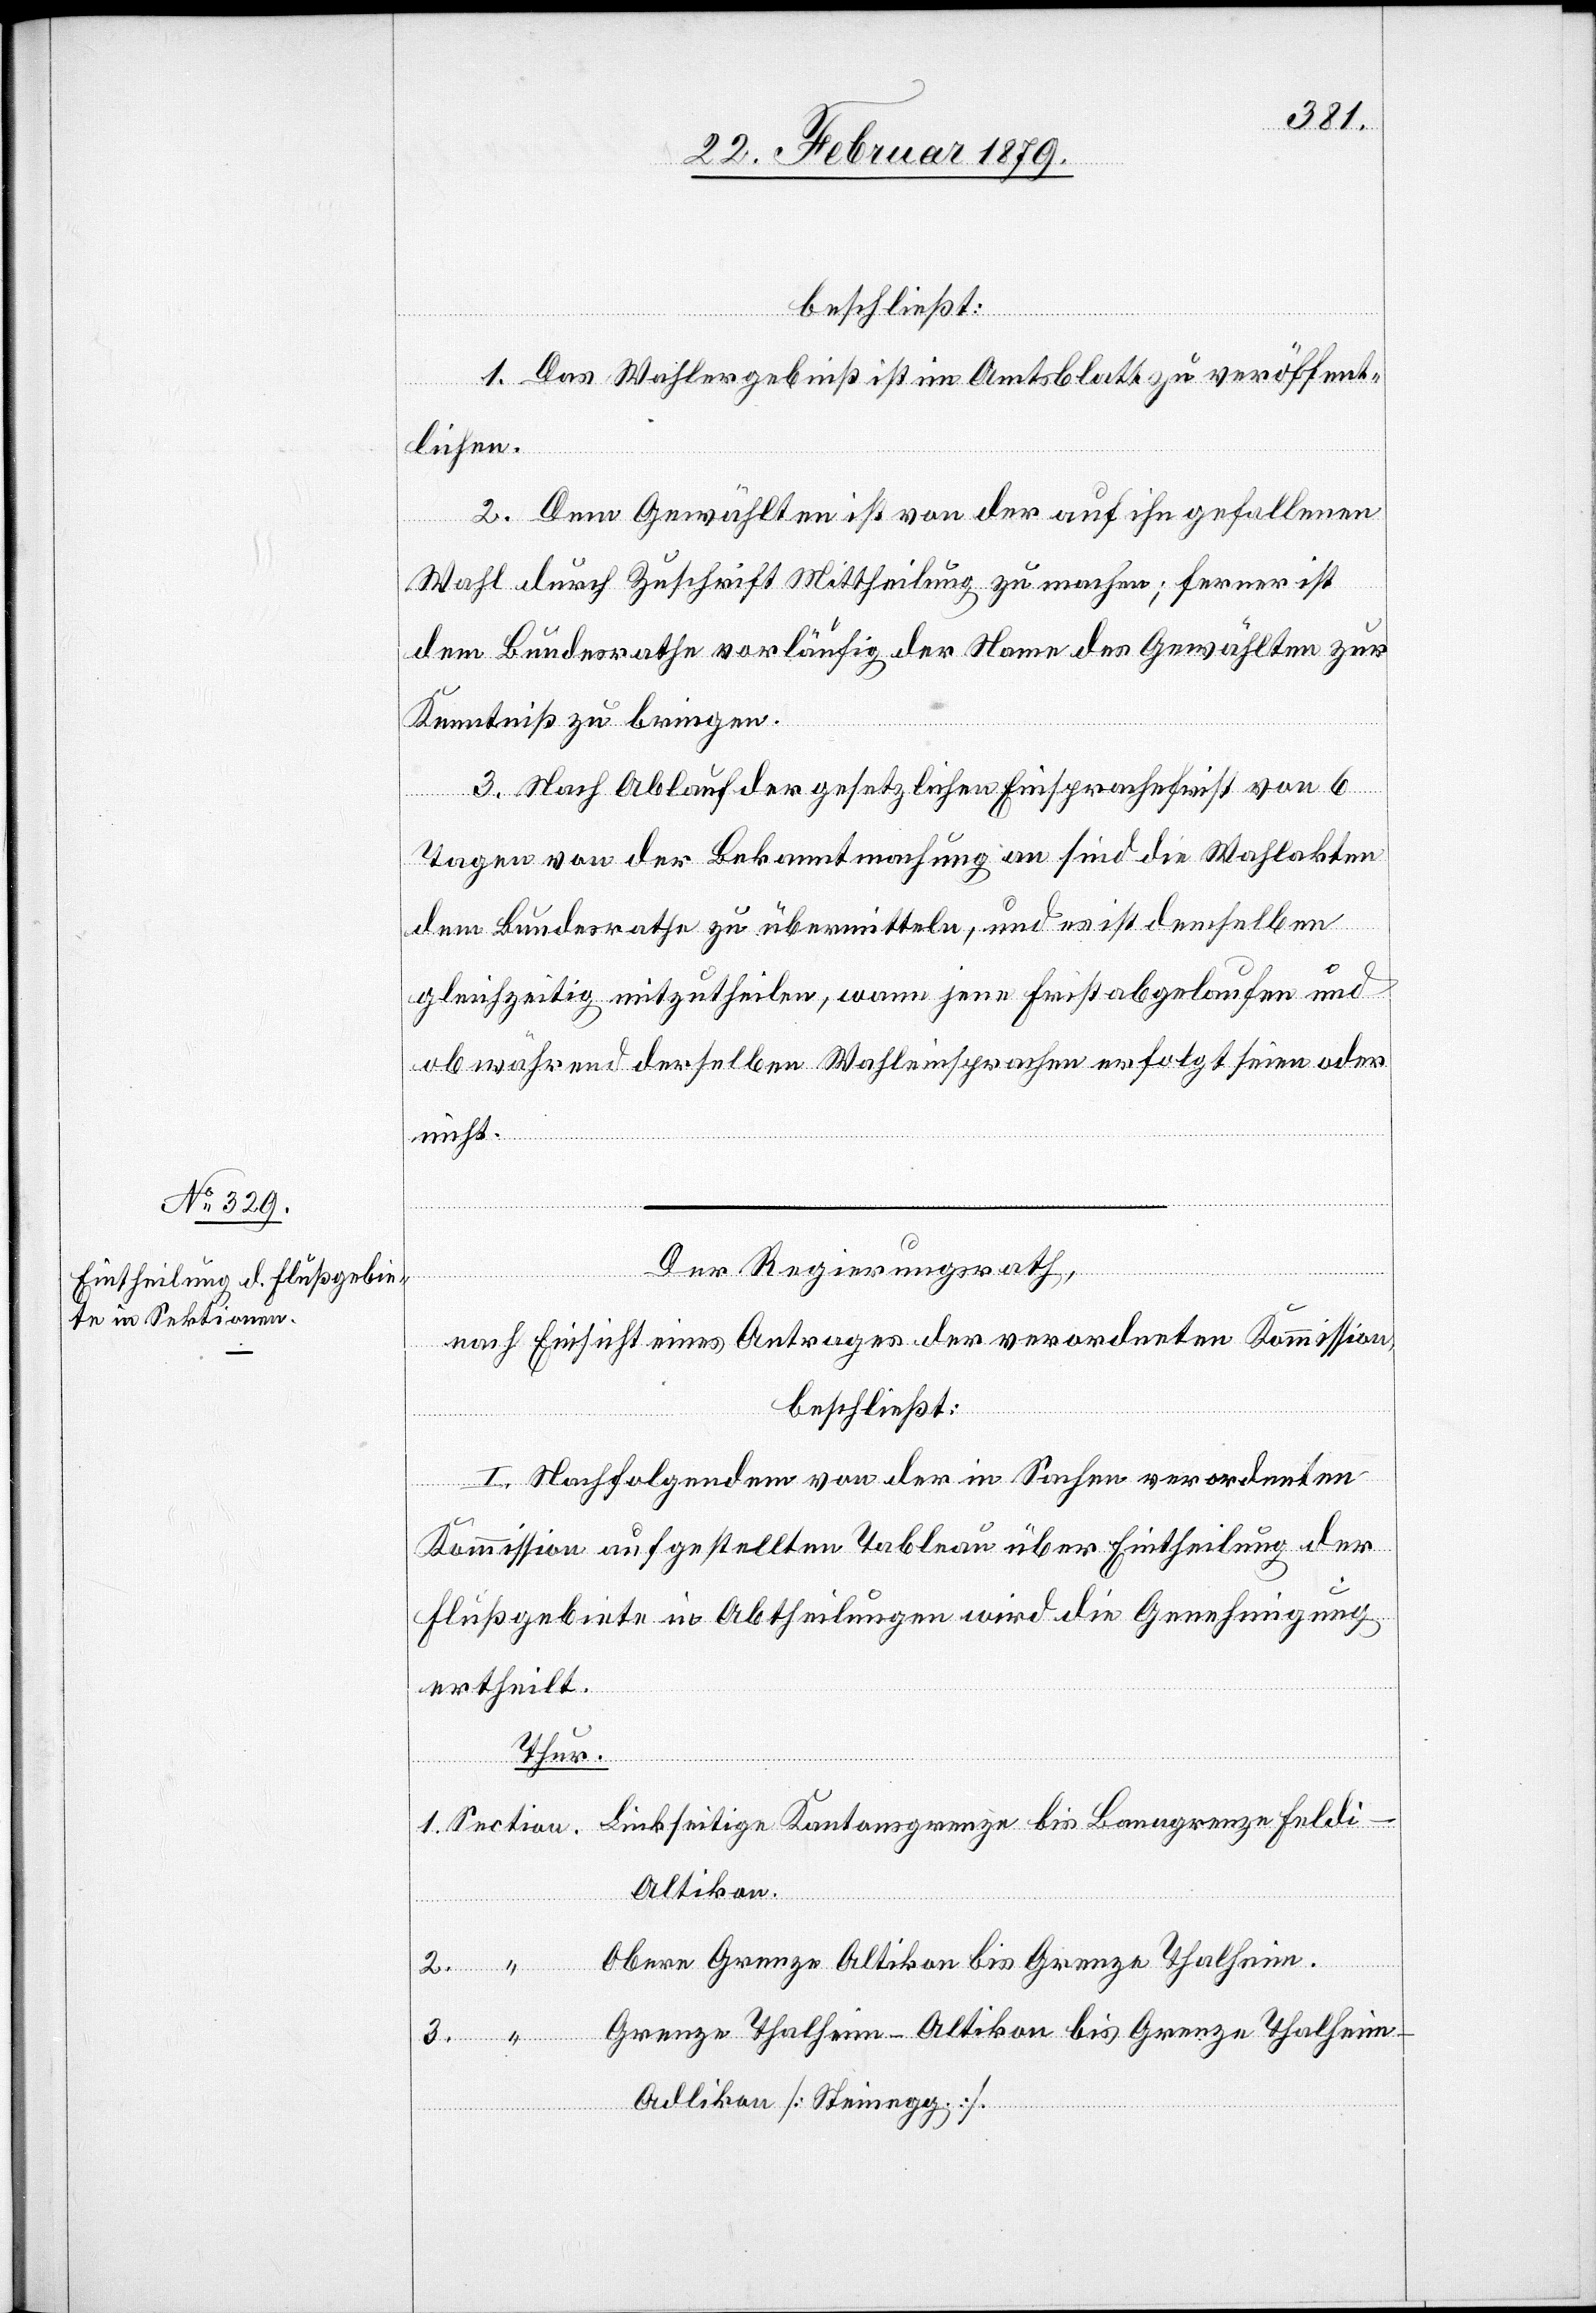
beschließt:
1. Das Wahlergebniß ist im Amtsblatt zu veröffent¬
3.
lichen.
2. Dem Gewählten ist von der auf ihn gefallenen
Wahl durch Zuschrift Mittheilung zu machen; ferner ist
dem Bundesrathe vorläufig der Name des Gewählten zur
Kenntniß zu bringen.
3. Nach Ablauf der gesetzlichen Einsprachefrist von 6
Feld¬
Tagen von der Bekanntmachung an sind die Wahlakten
dem Bundesrathe zu übermitteln, und es ist demselben
gleichzeitig mitzutheilen, wann jene Frist abgelaufen und
ob während derselben Wahleinsprachen erfolgt seien oder
nicht.
“
Der Regierungsrath,
grenze
nach Einsicht eines Antrages der verordneten Kommission,
beschließt:
I. Nachfolgendem von der in Sachen verordneten
Kommission aufgestellten Tableau über Eintheilung der
Flußgebiete in Abtheilungen wird die Genehmigung
ertheilt.
Thur.
i-Altikon.
Obere Grenze Altikon bis Grenze Thalheim.
Grenze Thalheim-Altikon bis Grenze Thalhei¬
m-Adlikon [Steinegg].